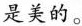
是美的。